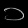
Digit: ၁